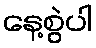
နေ့စွဲပါ